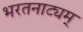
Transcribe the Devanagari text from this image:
भरतनाट्यम्‌